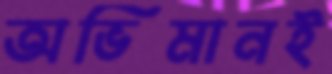
অভিমানই